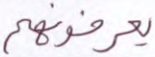
يعرفونه